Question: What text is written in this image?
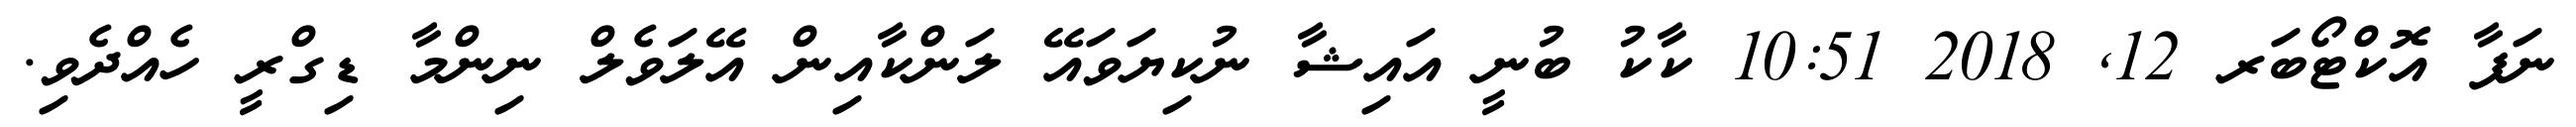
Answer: ނަފާ އޮކްޓޯބަރ 12, 2018 10:51 ކާކު ބުނީ އައިޝާ ނުކިޔަވައޭ ލަންކާއިން އޭލަވެލް ނިންމާ ޑިގްރީ ހެއްދެވި.